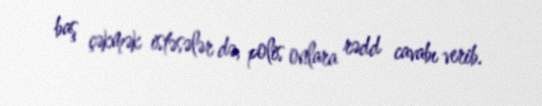
baş çəkmək istəsələr də, polis onlara rədd cavabı verib.